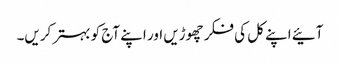
آئیے اپنے کل کی فکر چھوڑیں اور اپنے آج کو بہتر کریں۔